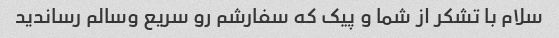
سلام با تشکر از شما و پیک که سفارشم رو سریع وسالم رساندید